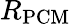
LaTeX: R_{\mathrm{PCM}}